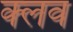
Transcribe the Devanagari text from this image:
क्‍लव